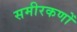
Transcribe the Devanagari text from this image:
समीरकणों